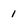
Character: 1